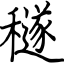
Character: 穟